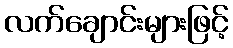
လက်ချောင်းများဖြင့်